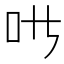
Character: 𱒁